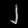
Digit: ၂